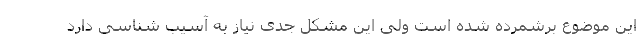
این موضوع برشمرده شده است ولی این مشکل جدی نیاز به آسیب شناسی دارد